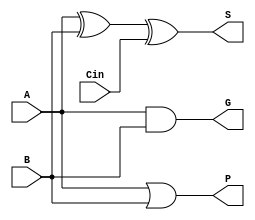
module full_adder(S, G, P, A, B, Cin);
    input A, B, Cin;
    output S, G, P; 
    wire w1, w2, w3; 


    and A_and_B(w1, A, B); 
    or AorB(w2, A, B); 

    xor sumResult(S, A, B, Cin); 
    assign P = w2; 
    assign G = w1;



    // initial begin
    //     #50; 
    //     $display("A: %b, B: %b, Cin: %b, Result: %b", A, B, Cin, S); 

    //     $finish; 
    // end

endmodule